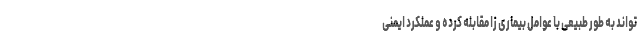
‌تواند به طور طبیعی با عوامل بیماری زا مقابله کرده و عملکرد ایمنی